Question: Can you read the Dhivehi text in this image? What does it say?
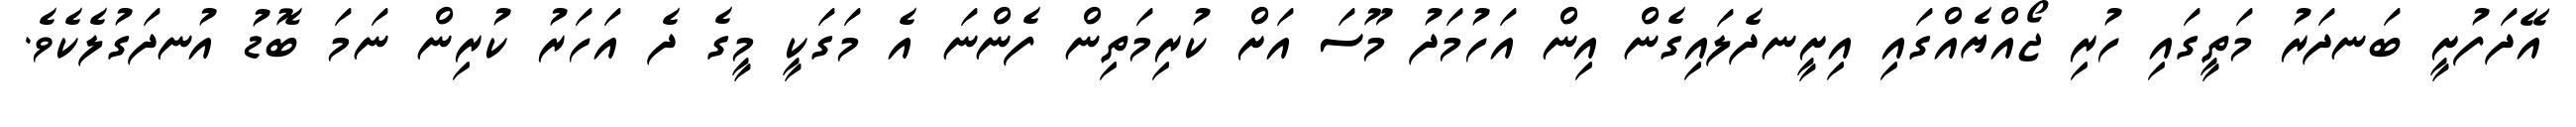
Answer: އޭދަފުށީ ބަނދަރު މަތީގައި ހުރި ޖޯއްޔެއްގައި އިށީނދެލައިގެން އިން އަހުމަދު މޫސަ އަށް ކުރިމަތިން ފެންނަ އެ މަގަކީ މީގެ ދެ އަހަރު ކުރިން ނަމަ ބޮޑު އުނދަގުލެކެވެ.